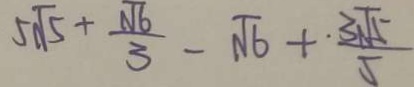
5 \sqrt { 5 } + \frac { \sqrt { 6 } } { 3 } - \sqrt { 6 } + \frac { 3 \sqrt { 5 } } { 5 }